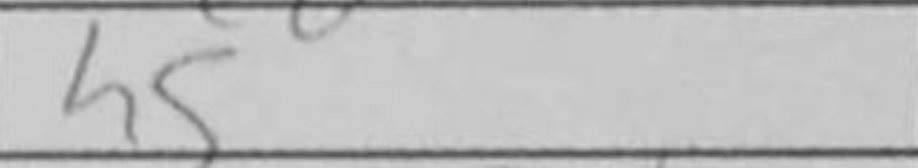
Transcription: h5